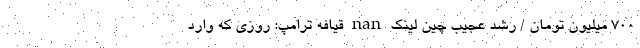
700 میلیون تومان / رشد عجیب چین لینک nan قیافه ترامپ: روزی که وارد